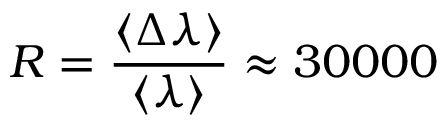
R = \frac { \langle \Delta \lambda \rangle } { \langle \lambda \rangle } \approx 3 0 0 0 0